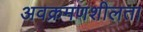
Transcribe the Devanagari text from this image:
अवक्रमणशीलता